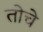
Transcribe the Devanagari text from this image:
तोचे